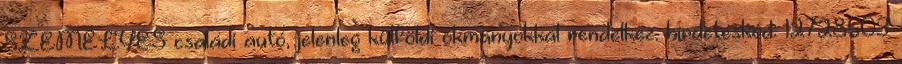
SZEMÉLYES családi autó, jelenleg külföldi okmányokkal rendelkez. hirdetéskód: 12728503